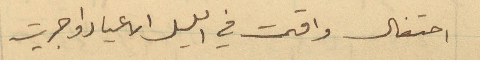
احتفال وأقيمت في الليل الأعياد وأجريت